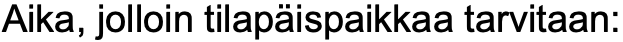
Aika, jolloin tilapäispaikkaa tarvitaan: